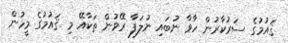
ޤައުމުގެ ސަރުކާރުން ހާވާ ނުބައި ނުލަފާ ރޭވުން ތަކާއޭ މި ޤައުމުގެ މީހުން